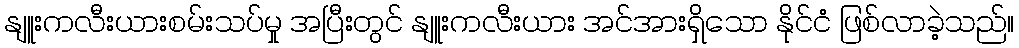
နျူးကလီးယားစမ်းသပ်မှု အပြီးတွင် နျူးကလီးယား အင်အားရှိသော နိုင်ငံ ဖြစ်လာခဲ့သည်။